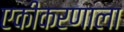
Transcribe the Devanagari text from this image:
एकीकरणाला